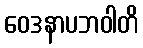
ဝေဒနာပဘဝါတိ